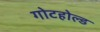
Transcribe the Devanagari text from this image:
गोटहोल्ड